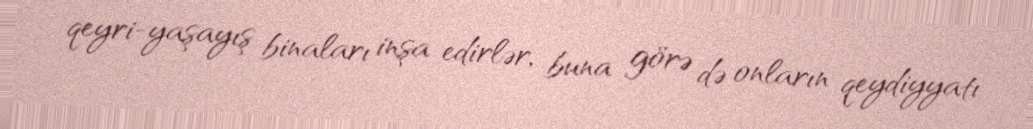
qeyri-yaşayış binaları inşa edirlər, buna görə də onların qeydiyyatı